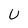
Character: U